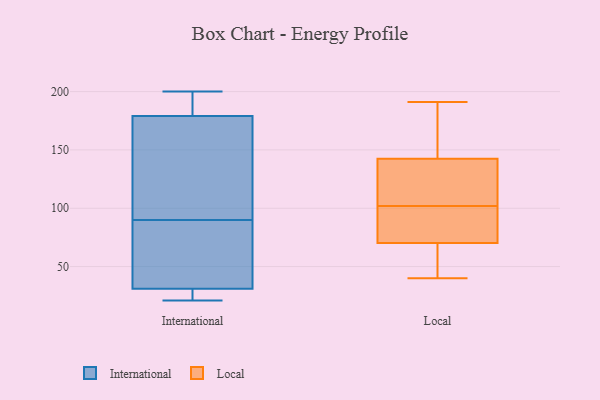
{"axis": {"x": "Humidity (%)", "y": "Value"}, "legend": ["International", "Local"], "data": [{"x": "", "y": 44, "type": "International"}, {"x": "", "y": 125, "type": "International"}, {"x": "", "y": 26, "type": "International"}, {"x": "", "y": 189, "type": "International"}, {"x": "", "y": 159, "type": "International"}, {"x": "", "y": 21, "type": "International"}, {"x": "", "y": 75, "type": "International"}, {"x": "", "y": 23, "type": "International"}, {"x": "", "y": 200, "type": "International"}, {"x": "", "y": 188, "type": "International"}, {"x": "", "y": 84, "type": "International"}, {"x": "", "y": 47, "type": "International"}, {"x": "", "y": 31, "type": "International"}, {"x": "", "y": 21, "type": "International"}, {"x": "", "y": 179, "type": "International"}, {"x": "", "y": 96, "type": "International"}, {"x": "", "y": 188, "type": "International"}, {"x": "", "y": 129, "type": "International"}, {"x": "", "y": 44, "type": "Local"}, {"x": "", "y": 40, "type": "Local"}, {"x": "", "y": 105, "type": "Local"}, {"x": "", "y": 191, "type": "Local"}, {"x": "", "y": 102, "type": "Local"}, {"x": "", "y": 101, "type": "Local"}, {"x": "", "y": 62, "type": "Local"}, {"x": "", "y": 154, "type": "Local"}, {"x": "", "y": 111, "type": "Local"}, {"x": "", "y": 95, "type": "Local"}, {"x": "", "y": 153, "type": "Local"}]}